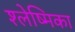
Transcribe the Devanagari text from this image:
श्‍लेष्मिका